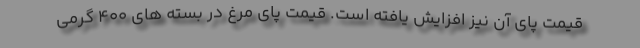
قیمت پای آن نیز افزایش یافته است. قیمت پای مرغ در بسته های 400 گرمی